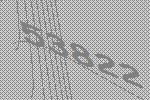
53822